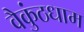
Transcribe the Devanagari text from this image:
वैकुंठधाम